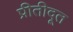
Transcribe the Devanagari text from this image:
प्रीतीदूत